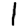
Digit: 1